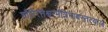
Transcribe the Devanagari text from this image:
शौरिरत्तैश्वरमंत्रिभावस्तत्याज